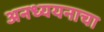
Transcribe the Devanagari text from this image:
अनध्ययनाचा